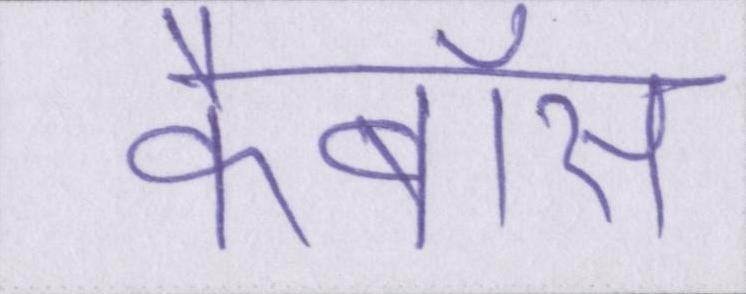
कैबॉस